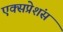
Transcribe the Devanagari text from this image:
एक्सप्रेशंस